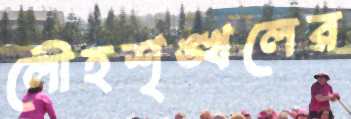
লৌহশৃঙ্খলের